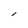
Character: l